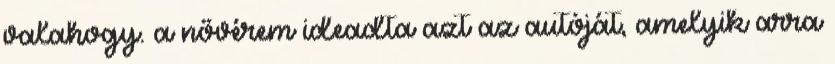
valahogy. a nővérem ideadta azt az autóját, amelyik arra